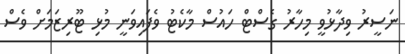
ނަސީރު ވިދާޅުވީ މިހާރު ގެސްޓް ހައުސް މާކެޓު ވެފައިވަނީ މުޅި ޓޫރިޒަމަށް ވެސް